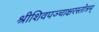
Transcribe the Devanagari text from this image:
श्रीशिवपञ्चाक्षरस्तोत्रम्